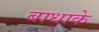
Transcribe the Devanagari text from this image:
बाधाके